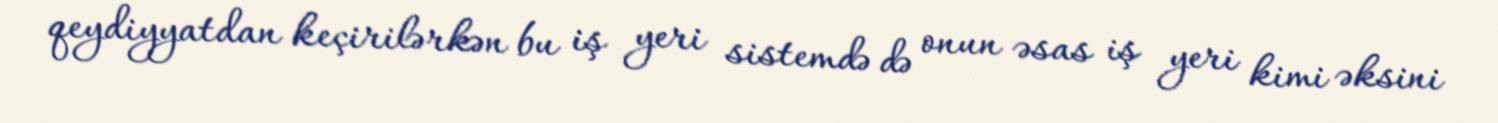
qeydiyyatdan keçirilərkən bu iş yeri sistemdə də onun əsas iş yeri kimi əksini